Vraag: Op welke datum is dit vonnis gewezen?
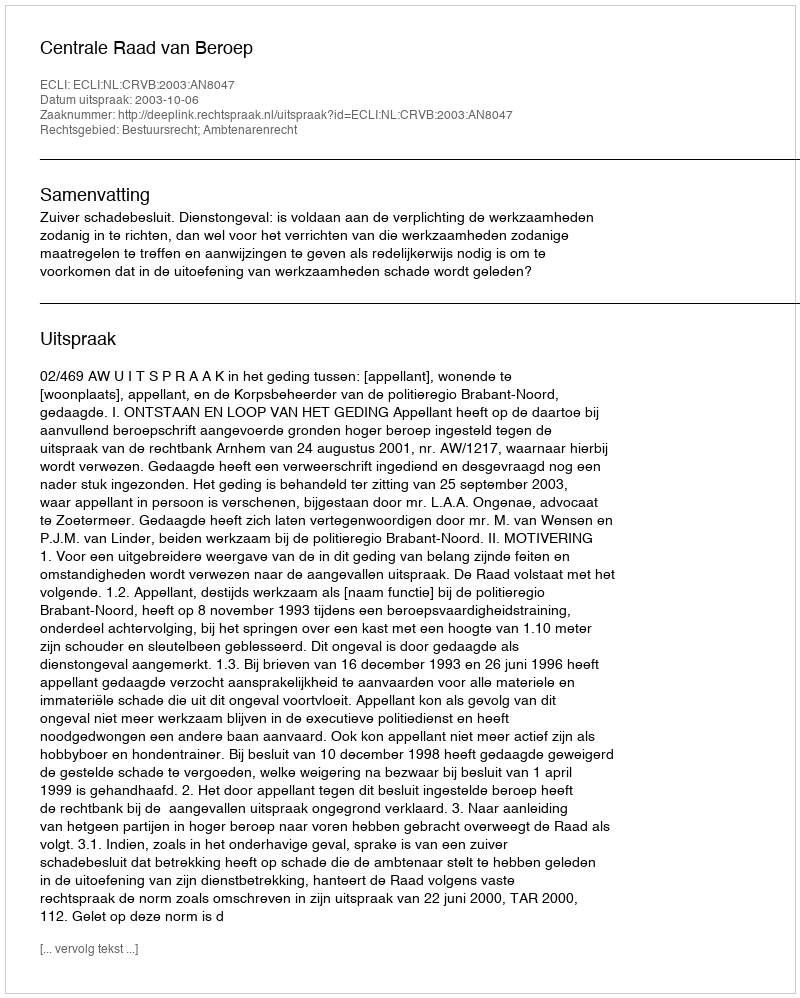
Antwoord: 2003-10-06